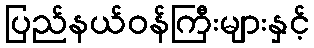
ပြည်နယ်ဝန်ကြီးများနှင့်